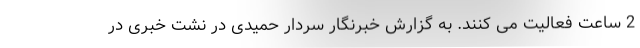
2 ساعت فعالیت می کنند. به گزارش خبرنگار سردار حمیدی در نشت خبری در